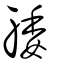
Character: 躷